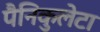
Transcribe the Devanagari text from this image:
पैनिकुलेटा